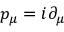
p _ { \mu } = i \partial _ { \mu }